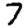
Digit: 7